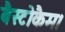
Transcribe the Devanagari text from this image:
बैस्टोकैम।